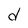
Character: d